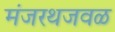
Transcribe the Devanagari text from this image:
मंजरथजवळ